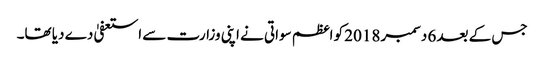
جس کے بعد 6 دسمبر 2018 کو اعظم سواتی نے اپنی وزارت سے استعفیٰ دے دیا تھا۔